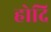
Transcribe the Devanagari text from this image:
होदि